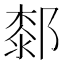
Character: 䣛